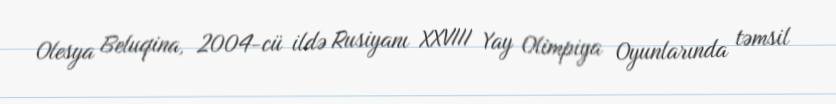
Olesya Beluqina, 2004-cü ildə Rusiyanı XXVIII Yay Olimpiya Oyunlarında təmsil